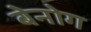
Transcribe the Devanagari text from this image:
बेनोग